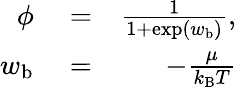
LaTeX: \begin{array}{rlr}{\phi}&{{}=}&{\frac{1}{1+\exp(w_{\mathrm{b}})},}\\ {w_{\mathrm{b}}}&{{}=}&{-\frac{\mu}{k_{\mathrm{B}}T}}\end{array}